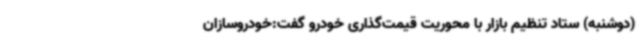
(دوشنبه) ستاد تنظیم بازار با محوریت قیمت‌گذاری خودرو گفت:خودروسازان